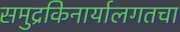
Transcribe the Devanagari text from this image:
समुद्रकिनार्यालगतचा